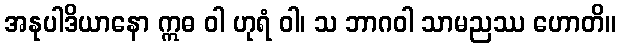
အနုပါဒိယာနော ဣဓ ဝါ ဟုရံ ဝါ၊ သ ဘာဂဝါ သာမညဿ ဟောတိ။